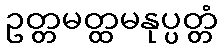
ဥတ္တမတ္ထမနုပ္ပတ္တံ